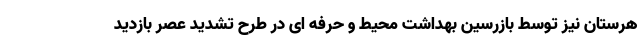
هرستان نیز توسط بازرسین بهداشت محیط و حرفه ای در طرح تشدید عصر بازدید